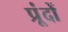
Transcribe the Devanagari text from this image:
प्रूंदों